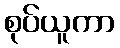
စုပ်ယူကာ